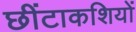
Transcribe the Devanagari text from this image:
छींटाकशियों